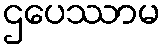
ဌပေဿာမ